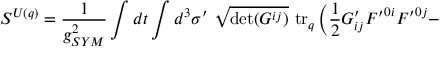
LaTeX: { \cal S } ^ { U ( q ) } = \frac { 1 } { g _ { S Y M } ^ { 2 } } \int d t \int d ^ { 3 } \sigma ^ { \prime } ~ \sqrt { \operatorname * { d e t } ( G ^ { i j } ) } ~ \mathrm { t r } _ { q } \left( \frac { 1 } { 2 } G _ { i j } ^ { \prime } { \cal F ^ { \prime } } ^ { 0 i } { \cal F ^ { \prime } } ^ { 0 j } - \right.